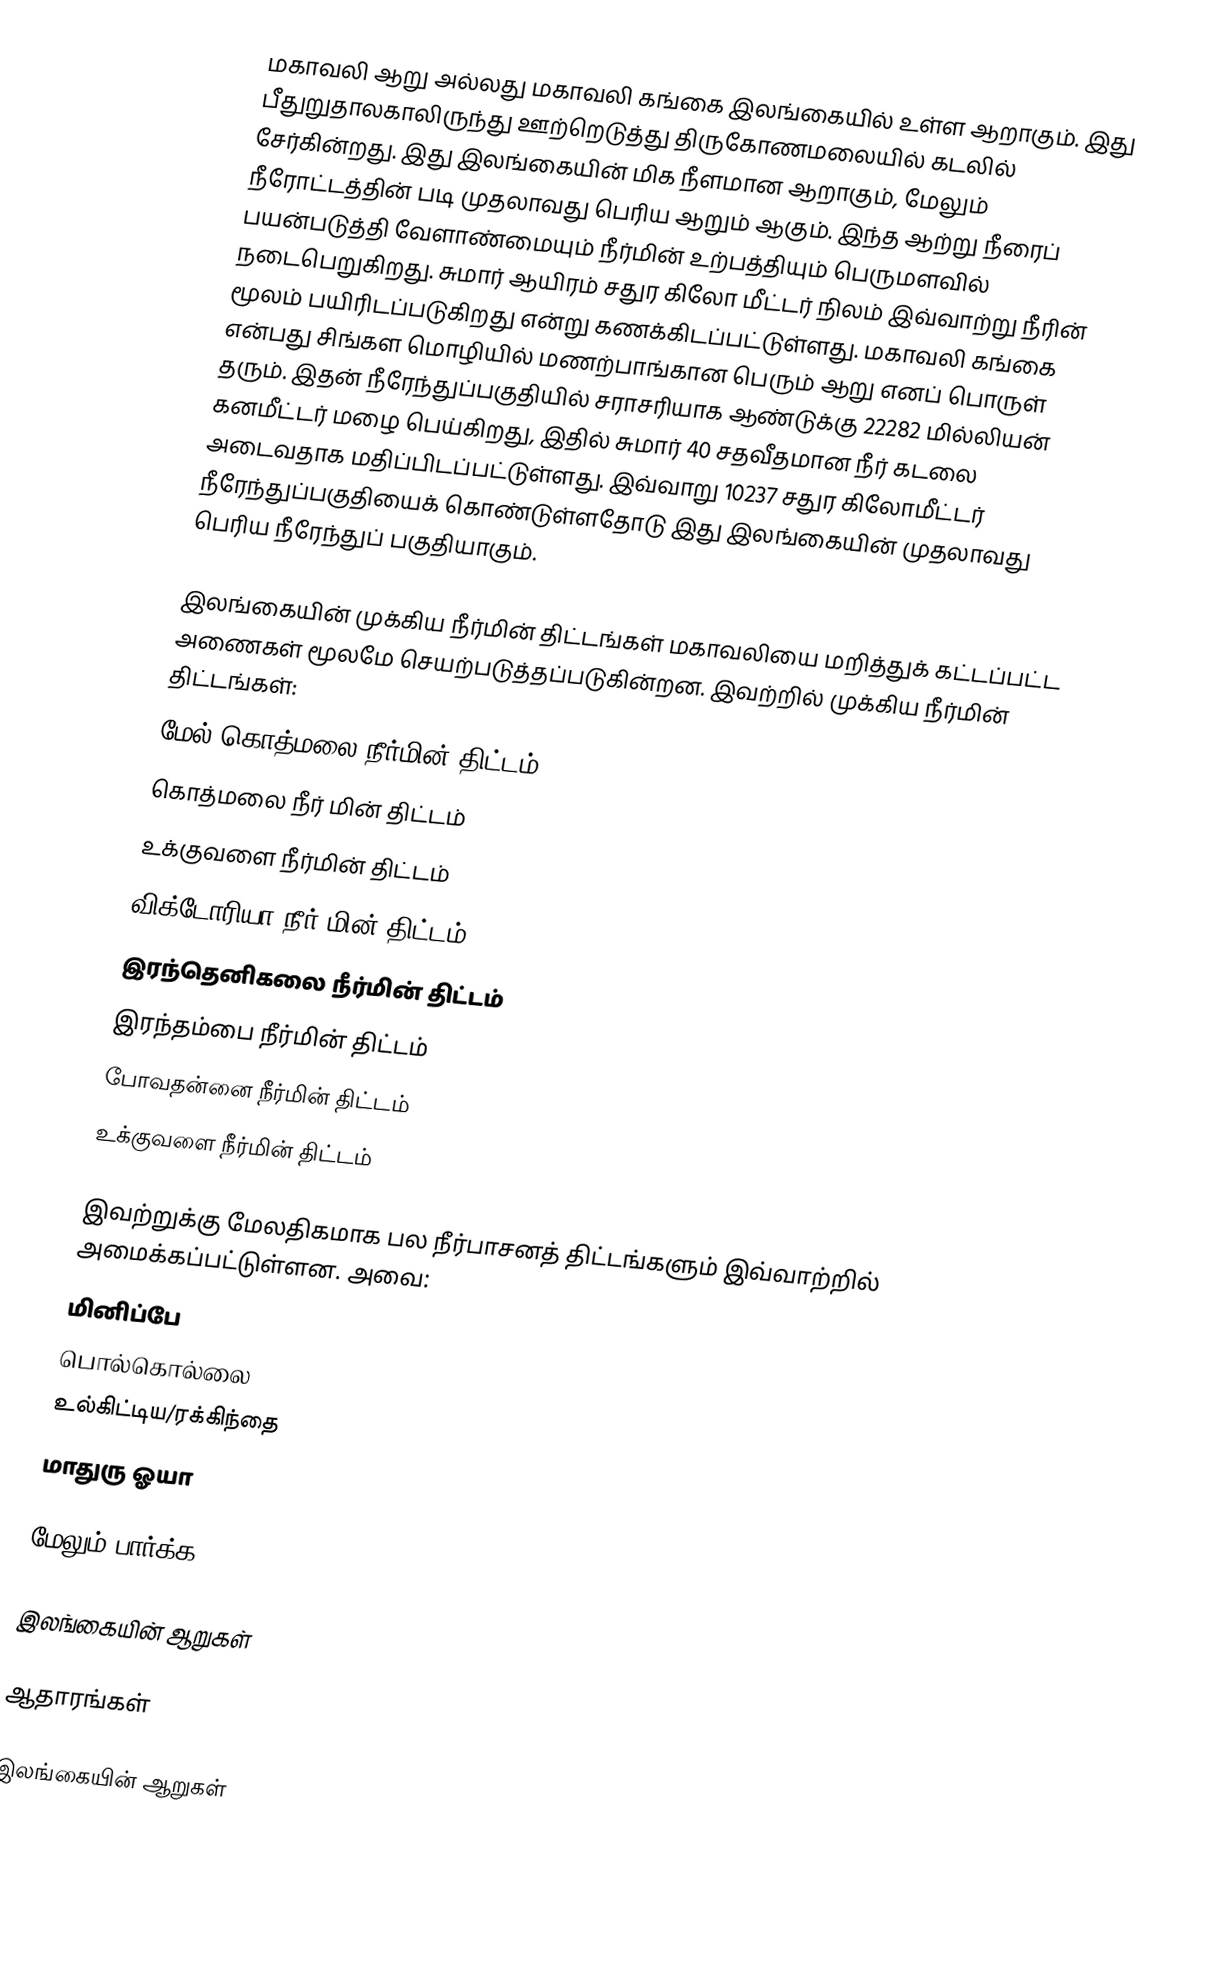
மகாவலி ஆறு அல்லது மகாவலி கங்கை இலங்கையில் உள்ள ஆறாகும். இது பீதுறுதாலகாலிருந்து ஊற்றெடுத்து திருகோணமலையில் கடலில் சேர்கின்றது. இது இலங்கையின் மிக நீளமான ஆறாகும், மேலும் நீரோட்டத்தின் படி  முதலாவது பெரிய ஆறும் ஆகும். இந்த ஆற்று நீரைப் பயன்படுத்தி வேளாண்மையும் நீர்மின் உற்பத்தியும் பெருமளவில் நடைபெறுகிறது. சுமார் ஆயிரம் சதுர கிலோ மீட்டர் நிலம் இவ்வாற்று நீரின் மூலம் பயிரிடப்படுகிறது என்று கணக்கிடப்பட்டுள்ளது. மகாவலி கங்கை என்பது சிங்கள மொழியில் மணற்பாங்கான பெரும் ஆறு எனப் பொருள் தரும். இதன் நீரேந்துப்பகுதியில் சராசரியாக ஆண்டுக்கு 22282 மில்லியன் கனமீட்டர் மழை பெய்கிறது, இதில் சுமார் 40 சதவீதமான நீர் கடலை அடைவதாக மதிப்பிடப்பட்டுள்ளது. இவ்வாறு 10237 சதுர கிலோமீட்டர் நீரேந்துப்பகுதியைக் கொண்டுள்ளதோடு இது இலங்கையின் முதலாவது பெரிய நீரேந்துப் பகுதியாகும்.

இலங்கையின் முக்கிய நீர்மின் திட்டங்கள் மகாவலியை மறித்துக் கட்டப்பட்ட அணைகள் மூலமே செயற்படுத்தப்படுகின்றன. இவற்றில் முக்கிய நீர்மின் திட்டங்கள்:
 மேல் கொத்மலை நீர்மின் திட்டம்
 கொத்மலை நீர் மின் திட்டம்
 உக்குவளை நீர்மின் திட்டம்
 விக்டோரியா நீர் மின் திட்டம்
 இரந்தெனிகலை நீர்மின் திட்டம்
 இரந்தம்பை நீர்மின் திட்டம்
 போவதன்னை நீர்மின் திட்டம்
 உக்குவளை நீர்மின் திட்டம்

இவற்றுக்கு மேலதிகமாக பல நீர்பாசனத் திட்டங்களும் இவ்வாற்றில் அமைக்கப்பட்டுள்ளன. அவை:
 மினிப்பே
 பொல்கொல்லை
 உல்கிட்டிய/ரக்கிந்தை
 மாதுரு ஓயா

மேலும் பார்க்க

 இலங்கையின் ஆறுகள்

ஆதாரங்கள்

இலங்கையின் ஆறுகள்